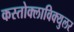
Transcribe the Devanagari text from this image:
कस्तोक्लाविक्युलर